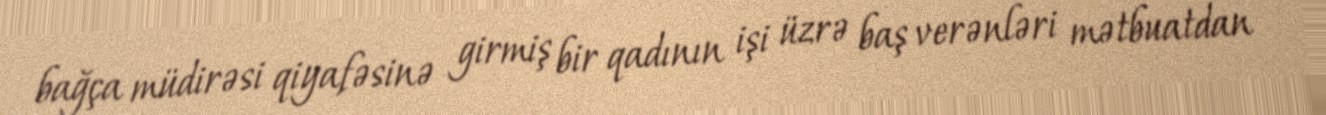
bağça müdirəsi qiyafəsinə girmiş bir qadının işi üzrə baş verənləri mətbuatdan